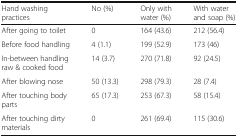
<table><thead><tr><td><b>Hand washing practices</b></td><td><b>No (%)</b></td><td><b>Only with water (%)</b></td><td><b>With water and soap (%)</b></td></tr></thead><tbody><tr><td>After going to toilet</td><td>0</td><td>164 (43.6)</td><td>212 (56.4)</td></tr><tr><td>Before food handling</td><td>4 (1.1)</td><td>199 (52.9)</td><td>173 (46)</td></tr><tr><td>In-between handling raw &amp; cooked food</td><td>14 (3.7)</td><td>270 (71.8)</td><td>92 (24.5)</td></tr><tr><td>After blowing nose</td><td>50 (13.3)</td><td>298 (79.3)</td><td>28 (7.4)</td></tr><tr><td>After touching body parts</td><td>65 (17.3)</td><td>253 (67.3)</td><td>58 (15.4)</td></tr><tr><td>After touching dirty materials</td><td>0</td><td>261 (69.4)</td><td>115 (30.6)</td></tr></tbody></table>